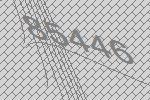
85446